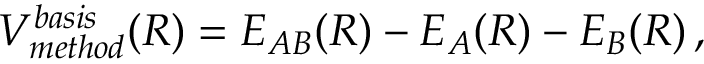
V _ { m e t h o d } ^ { b a s i s } ( R ) = E _ { A B } ( R ) - E _ { A } ( R ) - E _ { B } ( R ) \, ,